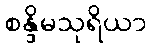
စန္ဒိမသုရိယာ